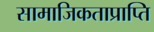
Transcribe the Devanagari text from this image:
सामाजिकताप्राप्ति